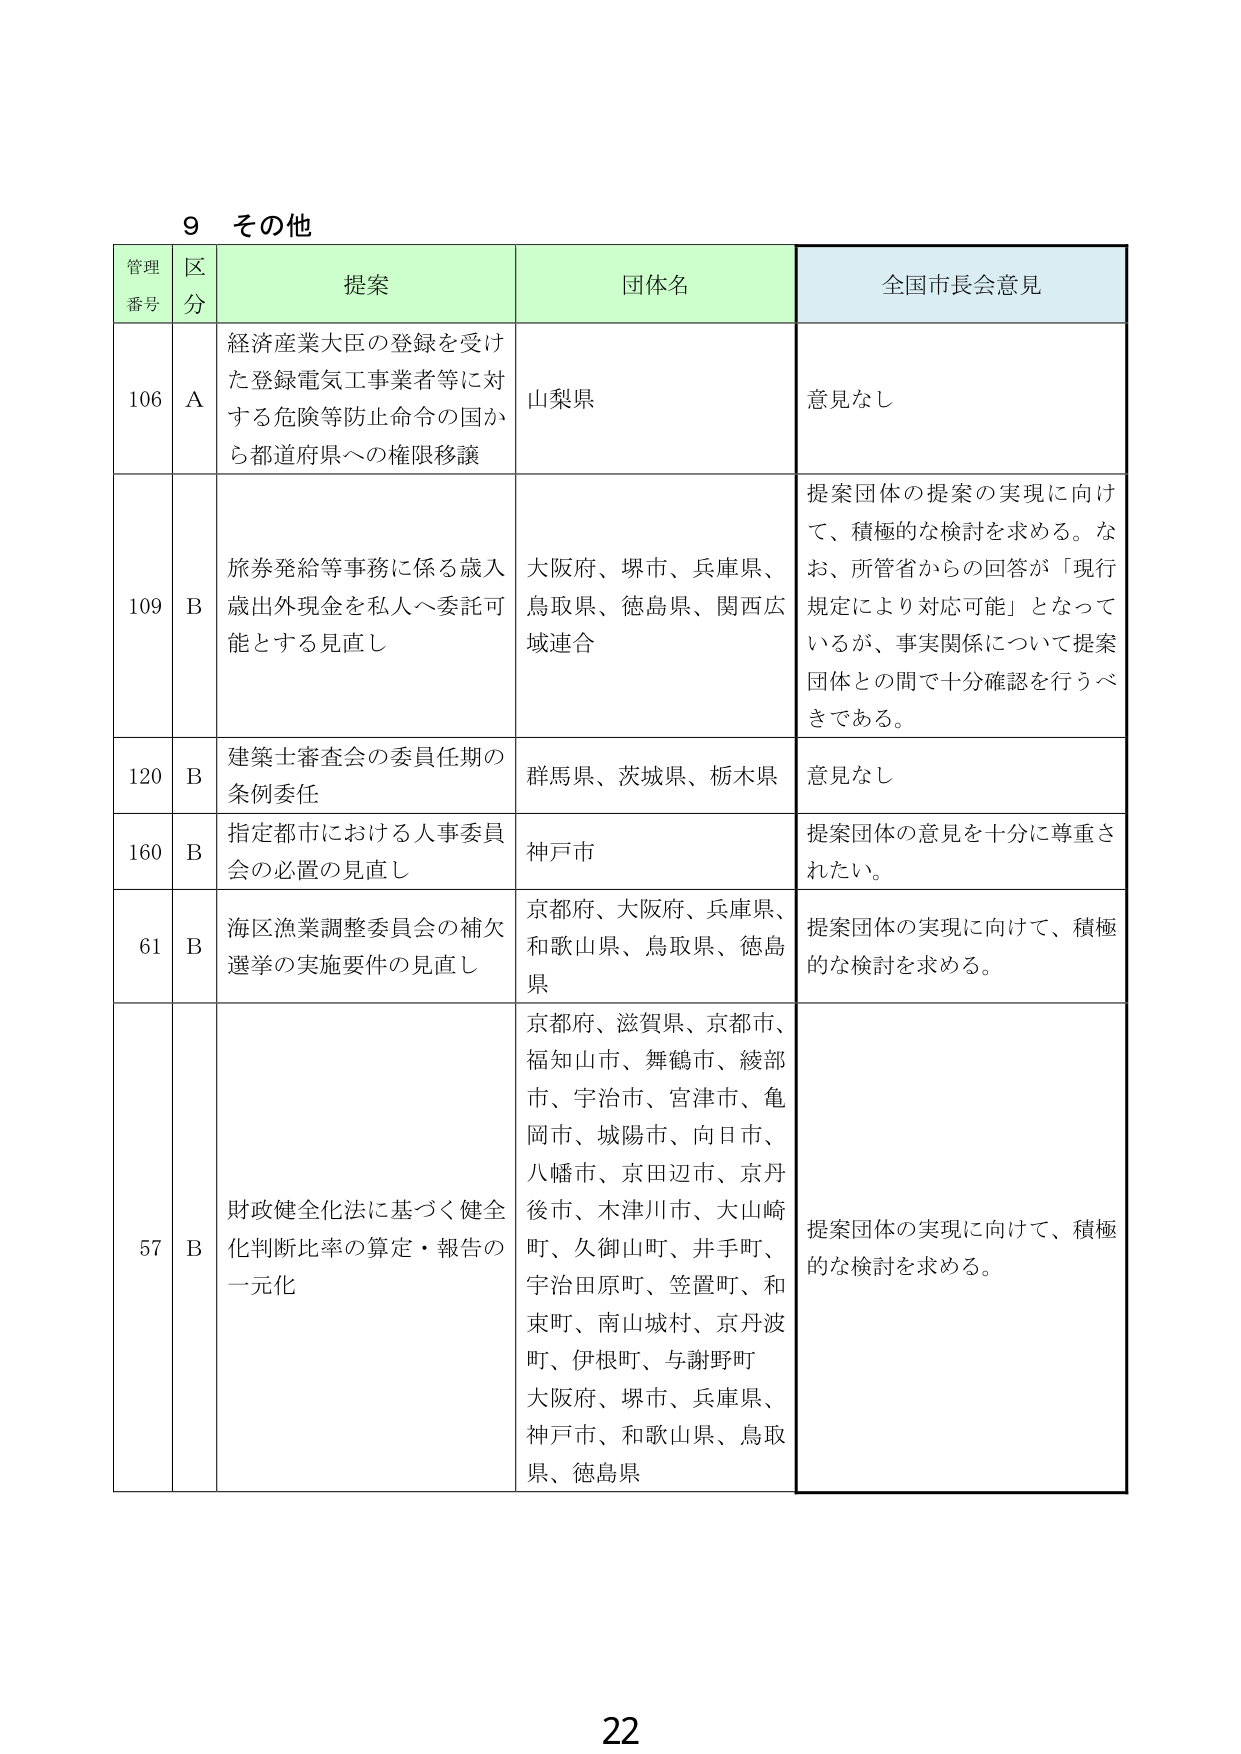
9 その他

管理番号 区分 提案 団体名 全国市長会意見

106 A 経済産業大臣の登録を受けた登録電気工事業者等に対する危険等防止命令の国から都道府県への権限移譲 山梨県 意見なし

109 B 旅券発給等事務に係る歳入歳出外現金を私人へ委託可能とする見直し 大阪府、堺市、兵庫県、鳥取県、徳島県、関西広域連合 提案団体の提案の実現に向けて、積極的な検討を求める。なお、所管省からの回答が「現行規定により対応可能」となっているが、事実関係について提案団体との間で十分確認を行うべきである。

120 B 建築士審査会の委員任期の条例委任 群馬県、茨城県、栃木県 意見なし

160 B 指定都市における人事委員会の必置の見直し 神戸市 提案団体の意見を十分に尊重されたい。

61 B 海区漁業調整委員会の補欠選挙の実施要件の見直し 京都府、大阪府、兵庫県、和歌山県、鳥取県、徳島県 提案団体の実現に向けて、積極的な検討を求める。

57 B 財政健全化法に基づく健全化判断比率の算定・報告の一元化 京都府、滋賀県、京都市、福知山市、舞鶴市、綾部市、宇治市、宮津市、亀岡市、城陽市、向日市、八幡市、京田辺市、京丹後市、木津川市、大山崎町、久御山町、井手町、宇治田原町、笠置町、和束町、南山城村、京丹波町、伊根町、与謝野町 大阪府、堺市、兵庫県、神戸市、和歌山県、鳥取県、徳島県 提案団体の実現に向けて、積極的な検討を求める。

22